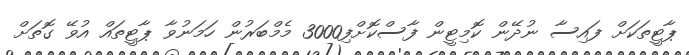
ޕާޓީތަކަށް ފައިސާ ނުދޭން ކޮމިޓީން ފާސްކޮށްފި3000 މެމްބަރުން ހަމަނުވާ ޕާޓީތައް އުވޭ ގޮތަށް